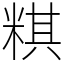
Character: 粸